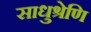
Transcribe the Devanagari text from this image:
साधुश्रेणि